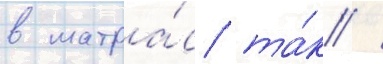
в матра́с та́к /